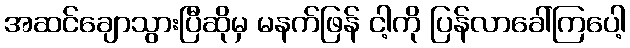
အဆင်ချောသွားပြီဆိုမှ မနက်ဖြန် ငါ့ကို ပြန်လာခေါ်ကြပေါ့